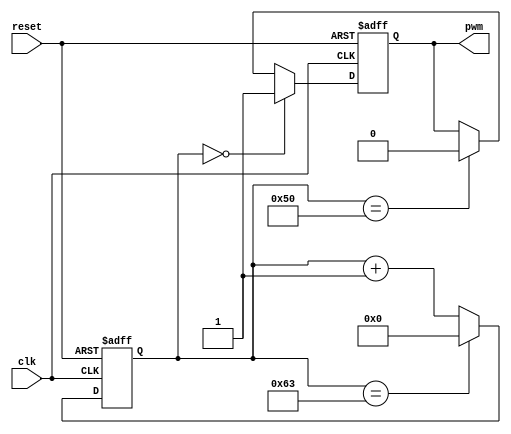
module pwm_generator(clk, reset, pwm);
    input clk, reset;
    output reg pwm;

    // Clock divider parameters

    reg [31:0] counter;

    // PWM parameters
    parameter PERIOD = 100;
    parameter DUTY_CYCLE = 80;
    // Logic to generate PWM signal
     always @(posedge clk or posedge reset) begin
         if (reset) begin
             pwm <= 1'b0;
         end else if (counter == 0) begin
             pwm <= 1'b1;
         end else if (counter == (PERIOD * DUTY_CYCLE / 100)) begin
             pwm <= 1'b0;
         end
     end

    // Clock divider
    always @(posedge clk or posedge reset) begin
        if (reset) begin
            counter <= 0;
        end else if (counter == PERIOD -1) begin
            counter <= 0;
        end else begin
            counter <= counter + 1;
        end
    end



endmodule